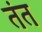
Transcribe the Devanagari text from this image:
तंत